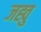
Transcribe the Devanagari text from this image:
जह्वु